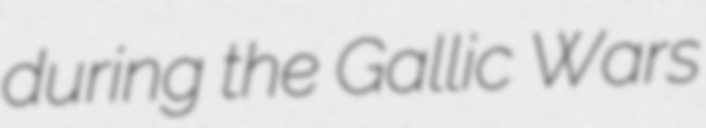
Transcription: during the Gallic Wars